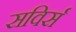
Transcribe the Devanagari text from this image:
सविर्स